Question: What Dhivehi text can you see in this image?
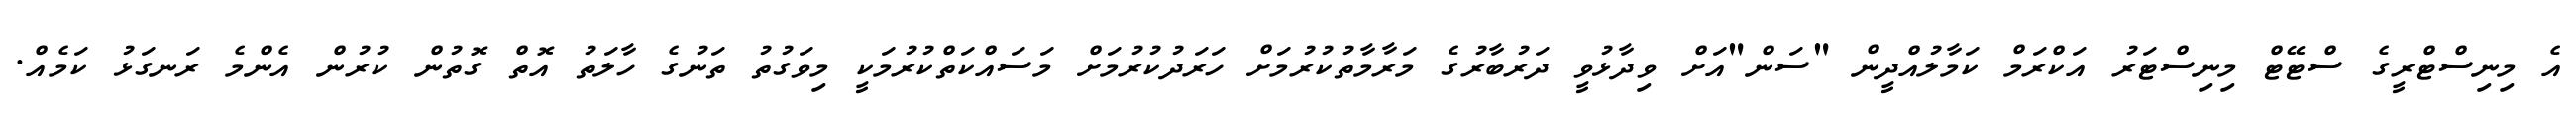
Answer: އެ މިނިސްޓްރީގެ ސްޓޭޓް މިނިސްޓަރު އަކްރަމް ކަމާލުއްދީން "ސަން"އަށް ވިދާޅުވީ ދަރުބާރުގެ މަރާމާތުކުރުމަށް ހަރަދުކުރުމަށް މަސައްކަތްކުރުމަކީ މިވަގުތު ތަނުގެ ހާލަތު އޮތް ގޮތުން ކުރުން އެންމެ ރަނގަޅު ކަމެއް.